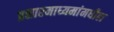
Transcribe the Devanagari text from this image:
प्रसारमाध्‍यमांमधील